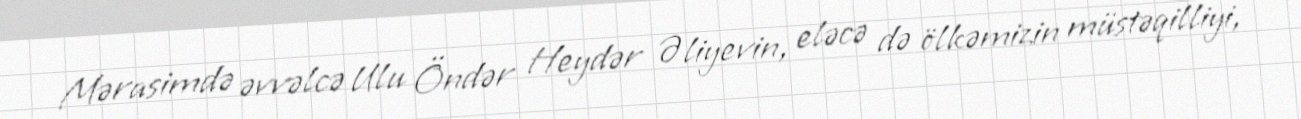
Mərasimdə əvvəlcə Ulu Öndər Heydər Əliyevin, eləcə də ölkəmizin müstəqilliyi,